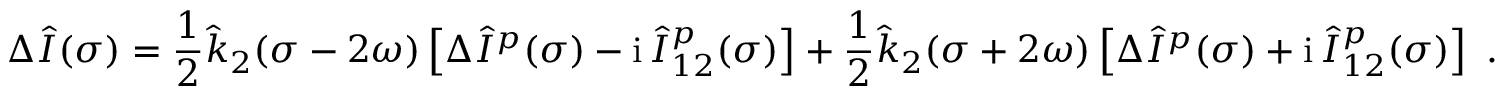
\Delta \hat { I } ( \sigma ) = \frac 1 2 \hat { k } _ { 2 } ( \sigma - 2 \omega ) \left[ \Delta \hat { I } ^ { p } ( \sigma ) - \mathrm { i } \, \hat { I } _ { 1 2 } ^ { p } ( \sigma ) \right] + \frac 1 2 \hat { k } _ { 2 } ( \sigma + 2 \omega ) \left[ \Delta \hat { I } ^ { p } ( \sigma ) + \mathrm { i } \, \hat { I } _ { 1 2 } ^ { p } ( \sigma ) \right] \ .